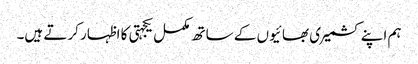
ہم اپنے کشمیری بھائیوں کے ساتھ مکمل یکجہتی کا اظہار کرتے ہیں۔